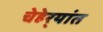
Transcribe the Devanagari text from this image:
चेहेर्‍यांत